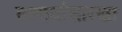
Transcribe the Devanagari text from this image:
तलावांसारखा